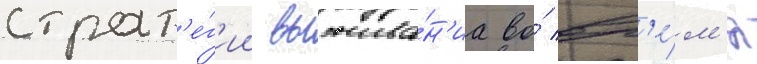
страт'е́г'ии выжива́н'иа во́ вр'е́м'я